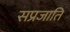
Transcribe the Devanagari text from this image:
सप्रजाति